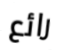
رائع